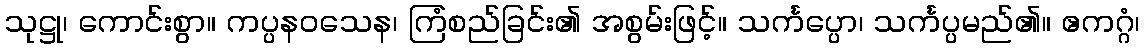
သုဋ္ဌု၊ ကောင်းစွာ။ ကပ္ပနဝသေန၊ ကြံစည်ခြင်း၏ အစွမ်းဖြင့်။ သင်္ကပ္ပော၊ သင်္ကပ္ပမည်၏။ ဧကဂ္ဂံ၊